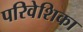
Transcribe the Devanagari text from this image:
परिवेशिका